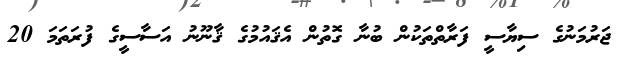
ޖަރުމަނުގެ ސިޔާސީ ފަރާތްތަކުން ބުނާ ގޮތުން އެޤައުމުގެ ޤާނޫނު އަސާސީގެ ފުރަތަމަ 20